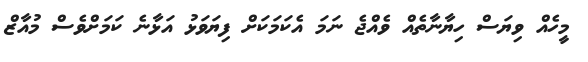
މީހެއް ވިޔަސް ހިޔާނާތެއް ވެއްޖެ ނަމަ އެކަމަކަށް ފިޔަވަޅު އަޅާނެ ކަމަށްވެސް މުއާޒް